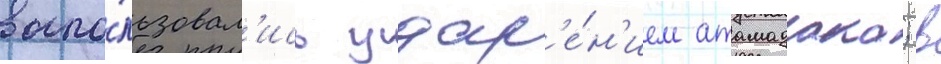
воспо́льзовал'ись удар'е́н'ием атамадака; в